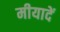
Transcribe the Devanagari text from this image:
मीयादें